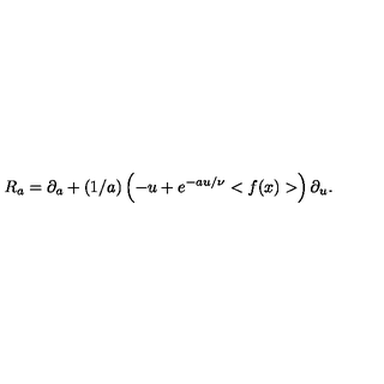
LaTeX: R _ { a } = \partial _ { a } + ( 1 / a ) \left( - u + e ^ { - a u / \nu } < f ( x ) > \right) \partial _ { u } .